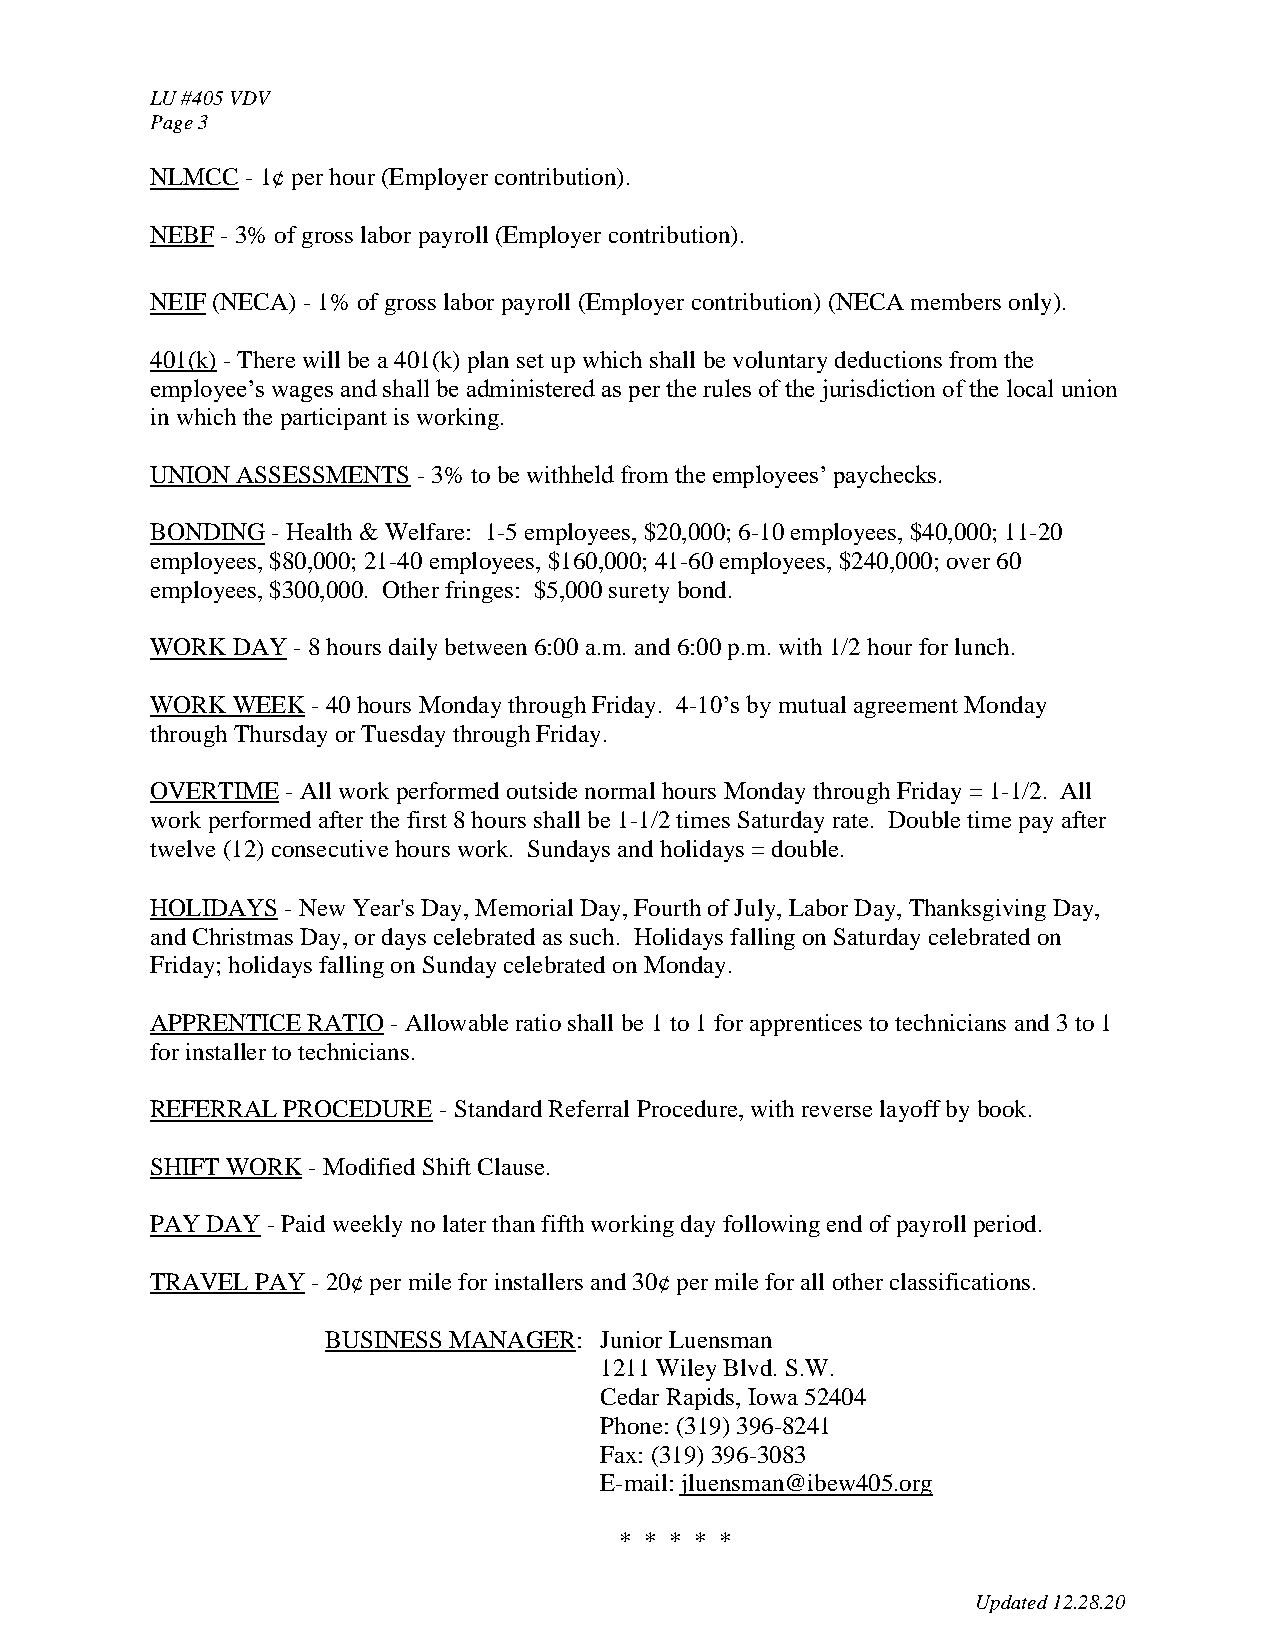
LU #405 VDV
 Page 3
 NLMCC - 1¢ per hour (Employer contribution).
 U
 NEBF - 3% of gross labor payroll (Employer contribution).
 U
 NEIF (NECA) - 1% of gross labor payroll (Employer contribution) (NECA members only).
 U
 401(k) - There will be a 401(k) plan set up which shall be voluntary deductions from the
 U
 employee’s wages and shall be administered as per the rules of the jurisdiction of the local union
 in which the participant is working.
 UNION ASSESSMENTS - 3% to be withheld from the employees’ paychecks.
 U                U
 BONDING - Health & Welfare: 1-5 employees, $20,000; 6-10 employees, $40,000; 11-20
 U       U
 employees, $80,000; 21-40 employees, $160,000; 41-60 employees, $240,000; over 60
 employees, $300,000. Other fringes: $5,000 surety bond.
 WORK DAY - 8 hours daily between 6:00 a.m. and 6:00 p.m. with 1/2 hour for lunch.
 U        U
 WORK WEEK  - 40 hours Monday through Friday. 4-10’s by mutual agreement Monday
 U         U
 through Thursday or Tuesday through Friday.
 OVERTIME - All work performed outside normal hours Monday through Friday = 1-1/2. All
 U
 work performed after the first 8 hours shall be 1-1/2 times Saturday rate. Double time pay after
 twelve (12) consecutive hours work. Sundays and holidays = double.
 HOLIDAYS - New Year's Day, Memorial Day, Fourth of July, Labor Day, Thanksgiving Day,
 U
 and Christmas Day, or days celebrated as such. Holidays falling on Saturday celebrated on
 Friday; holidays falling on Sunday celebrated on Monday.
 APPRENTICE RATIO - Allowable ratio shall be 1 to 1 for apprentices to technicians and 3 to 1
 U              U
 for installer to technicians.
 REFERRAL PROCEDURE - Standard Referral Procedure, with reverse layoff by book.
 U                  U
 SHIFT WORK - Modified Shift Clause.
 U         U
 PAY DAY - Paid weekly no later than fifth working day following end of payroll period.
 U      U
 TRAVEL PAY - 20¢ per mile for installers and 30¢ per mile for all other classifications.
 U
 BUSINESS MANAGER: Junior Luensman
 U               U
 1211 Wiley Blvd. S.W.
 Cedar Rapids, Iowa 52404
 Phone: (319) 396-8241
 Fax: (319) 396-3083
 E-mail: jluensman@ibew405.org
 * * * * *
 Updated 12.28.20